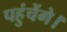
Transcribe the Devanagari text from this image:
पहुंचेंगे।